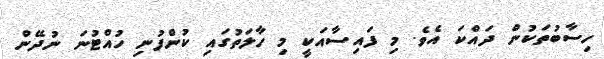
ހިސާބުތަކުން ދައްކަ އެވެ. މި ފައިސާއަކީ މި ހާލަތުގައި ކުންފުނި ހުއްޓުނަ ނުދޭން